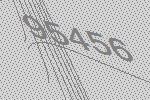
95456